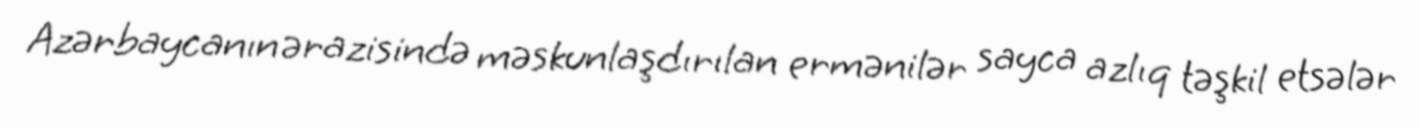
Azərbaycanın ərazisində məskunlaşdırılan ermənilər sayca azlıq təşkil etsələr